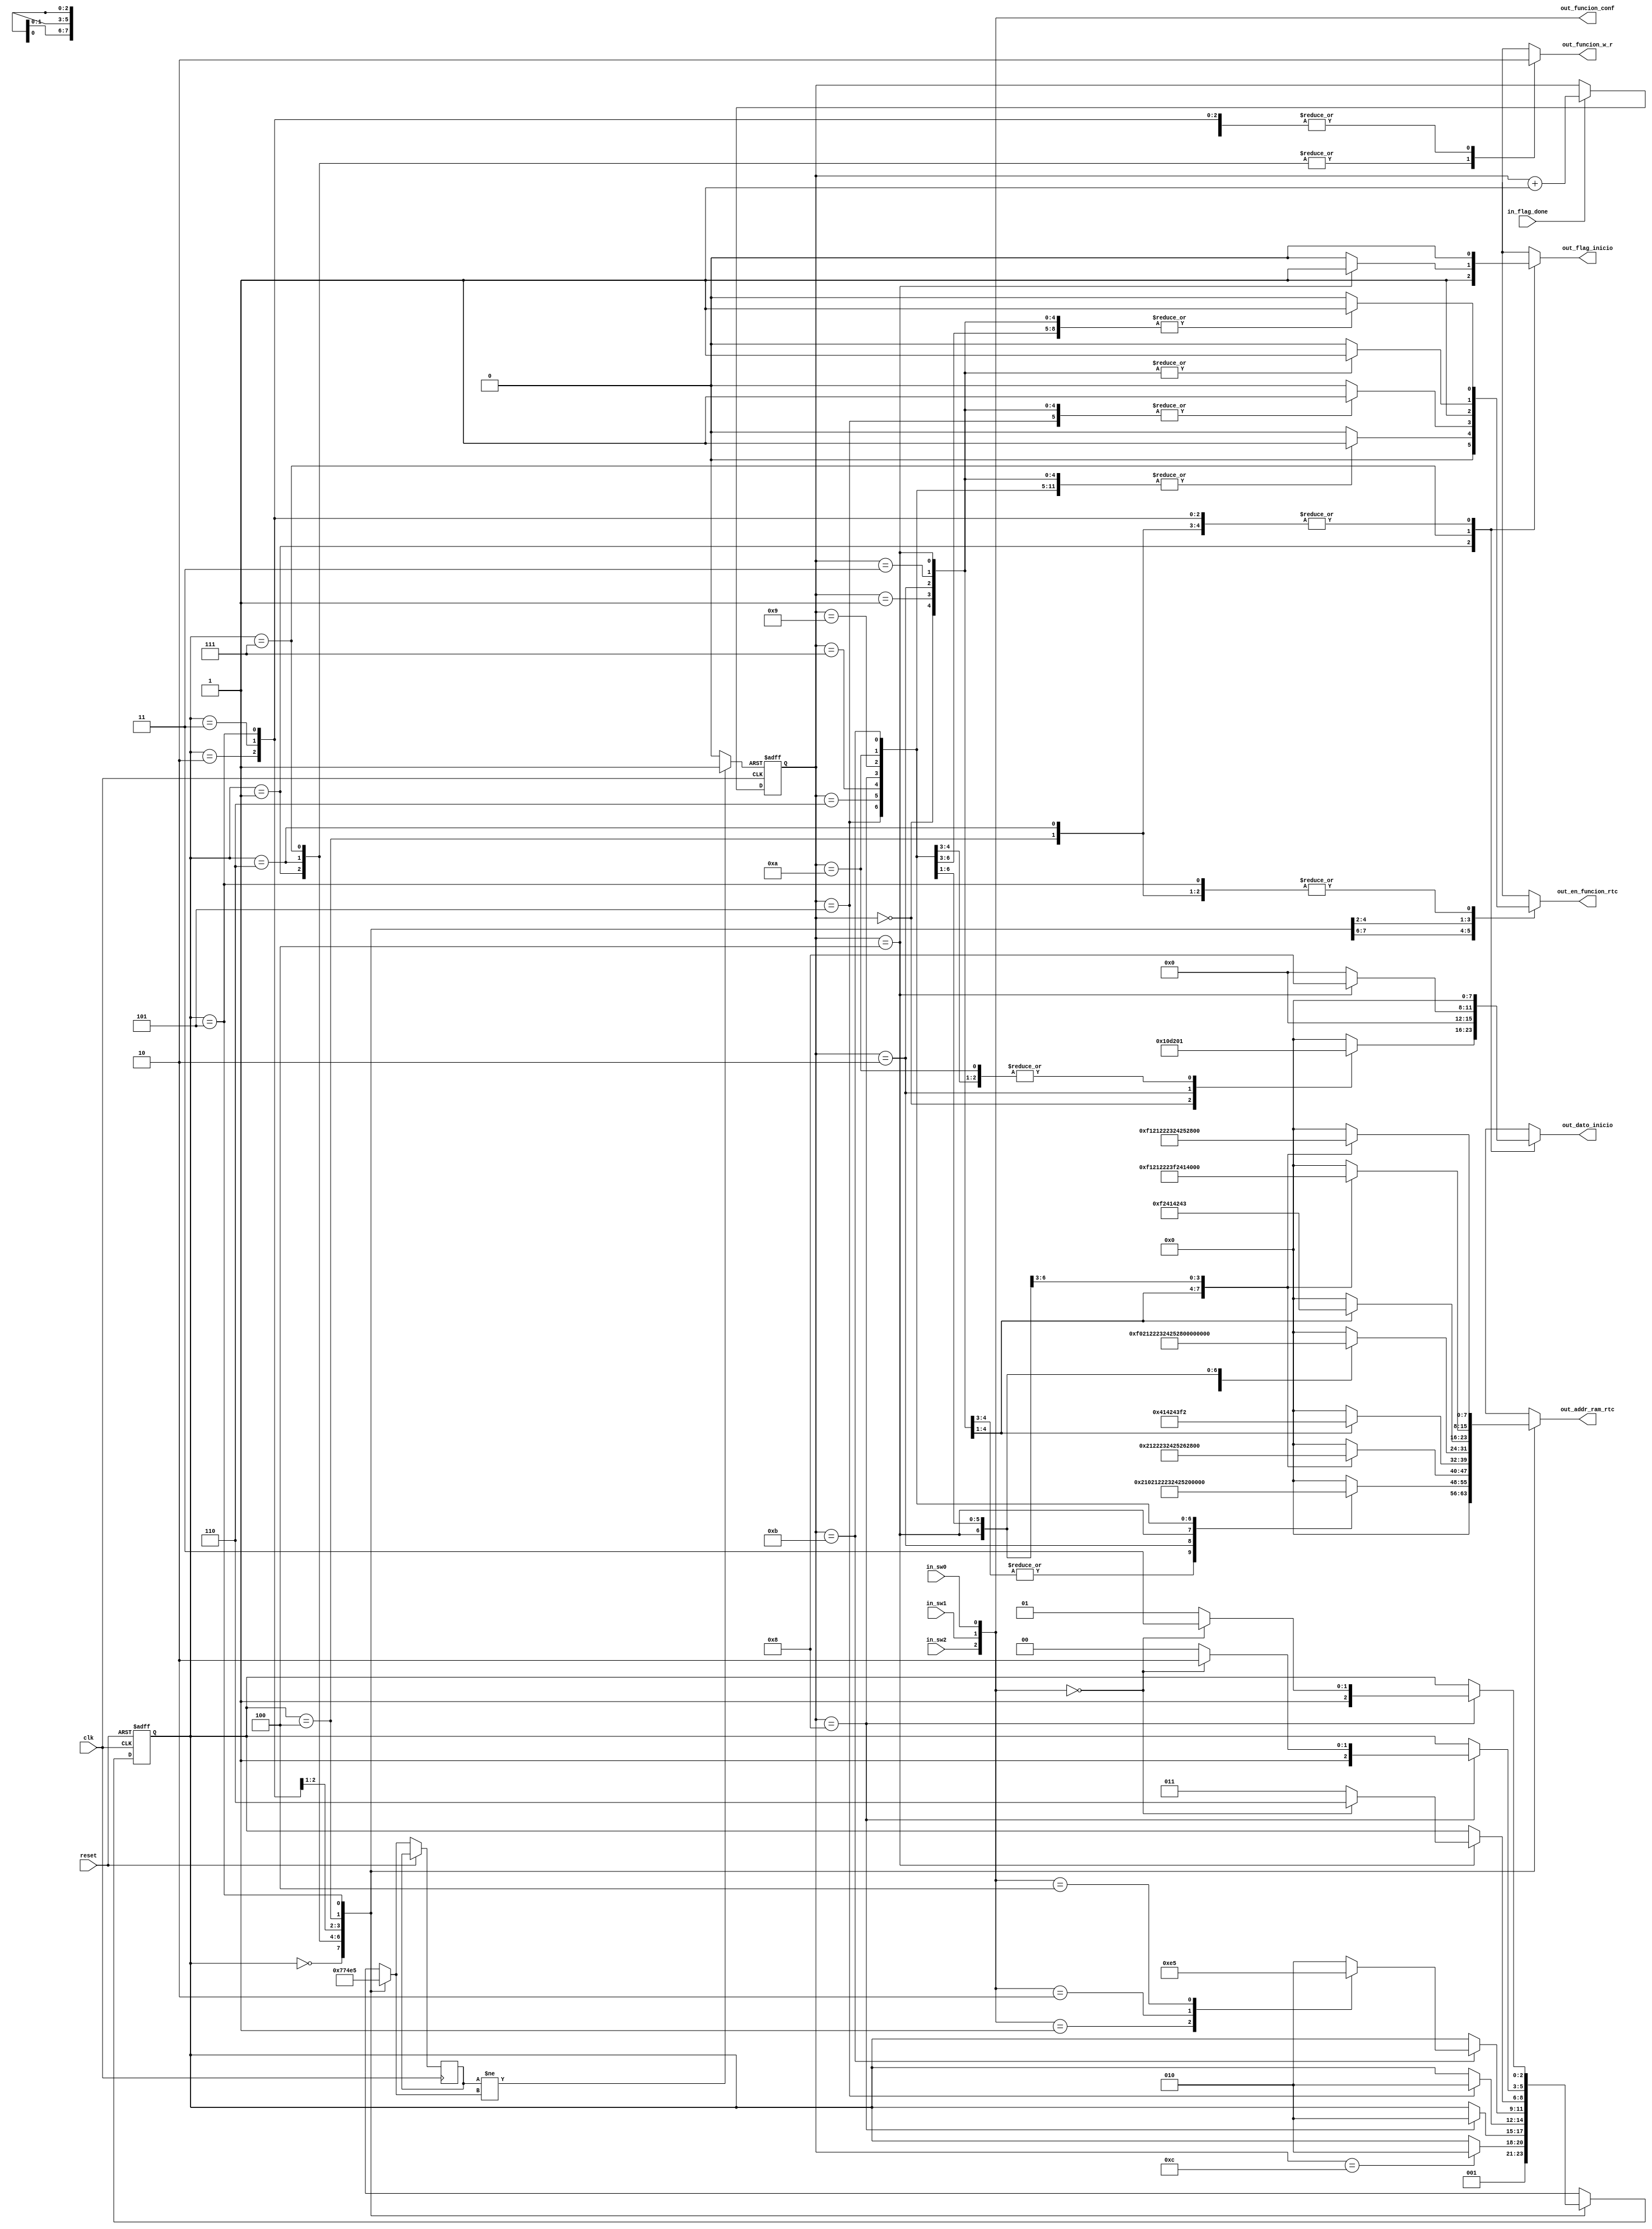
`timescale 1ns / 1ps
//////////////////////////////////////////////////////////////////////////////////
// Company: 
// Engineer: 
// 
// Design Name: 
// Module Name:    FSM_general_rtc_version_01 
// Project Name: 
// Target Devices: 
// Tool versions: 
// Description: 
//
// Dependencies: 
//
// Revision: 
// Revision 0.01 - File Created
// Additional Comments: 
//
//////////////////////////////////////////////////////////////////////////////////
module FSM_general_rtc_version_01(	
 	
	input clk,
	input reset,
	input in_flag_done,
	input in_sw0,
	input in_sw1,
	input	in_sw2,

	output wire [2:0]out_funcion_conf,
	output reg [7:0]out_addr_ram_rtc,
	output reg [7:0]out_dato_inicio,
	output reg out_flag_inicio,
	output reg out_funcion_w_r,
	output reg out_en_funcion_rtc
    );
	 
//////////parametros locales	 
localparam E = 3; 
	 
localparam N = 4;
// Declaracin de seales
reg [N-1:0] q_reg;
reg [N-1:0] q_next = 4'd0;
reg [E-1:0]state_reg, state_next;
reg reset_count;
reg reg_hora_timer;
reg flag_config;
reg [1:0]sel_count;
reg [2:0]reg_sel_bloque;
reg [2:0]next_sel_bloque;

assign out_funcion_conf = {in_sw2,in_sw1,in_sw0};

localparam  [3:0]
espera = 4'd0,
inicio = 4'd1,
lectura_cte = 4'd2,
lectura_configuracion_hora = 4'd3,
lectura_configuracion_fecha = 4'd4,
lectura_configuracion_timer = 4'd5,
escritura_hora_fecha = 4'd6,
escritura_timer = 4'd7; 

 //////////////// contador para FSM (avanza cada vez que llega la bandera in_flag_done) 
always @(posedge clk, posedge reset_count)
begin
	if (reset_count) q_reg = 1'b0;
	else q_reg = q_next;
end
always@*
begin
if (in_flag_done) begin
	q_next = q_reg + 1'b1;
end
else q_next = q_reg;
end
 
//////////////////////////
////logica secuencial
always @(posedge clk, posedge reset)
begin
  if (reset) begin 
     state_reg <= espera;
	  end
  else begin
     state_reg <= state_next;
	  reg_sel_bloque = next_sel_bloque;
	  end
end

always @* begin
	if(reg_sel_bloque != next_sel_bloque) reset_count = 1'b1;
	else reset_count = 1'b0;
end

////logica combinacional
always@*
	begin
	out_addr_ram_rtc = 8'h00;
	state_next = state_reg;	
	
	case(state_reg)
		espera:  
			begin
			out_en_funcion_rtc = 0;
			state_next = inicio;
			out_flag_inicio = 1'b0;
			out_funcion_w_r = 1'b0;
			out_addr_ram_rtc = 8'h00;
			out_dato_inicio  = 8'h00;
			next_sel_bloque = 3'd0;
			end
			 
		inicio:
			begin
			out_funcion_w_r = 1'b1;
			out_flag_inicio = 1'b1;
			out_en_funcion_rtc = 1'b1;
			next_sel_bloque = 3'd1;
			case(q_reg) 
				4'd0:begin
				out_addr_ram_rtc = 8'h02;
				out_dato_inicio = 8'h10;
				end
				4'd1:
				begin 
				out_addr_ram_rtc = 8'h02;
				out_dato_inicio = 8'h00;
				end 
				4'd2: begin
				out_addr_ram_rtc = 8'h10;
				out_dato_inicio = 8'hD2;
				end
				4'd3: begin
				out_addr_ram_rtc = 8'h0;
				out_dato_inicio = 8'h00;
				end
				4'd4: begin
				out_addr_ram_rtc = 8'h21;
				out_dato_inicio = 8'h00;
				end
				4'd5: begin
				out_addr_ram_rtc = 8'h22;
				out_dato_inicio = 8'h00;
				end
				4'd6: begin
				out_addr_ram_rtc = 8'h23;
				out_dato_inicio = 8'h00;
				end
				4'd7: begin
				out_addr_ram_rtc = 8'h24;
				out_dato_inicio = 8'h01;
				end
				4'd8: begin
				out_addr_ram_rtc = 8'h25;
				out_dato_inicio = 8'h01;
				end
				4'd9: begin
				out_addr_ram_rtc = 8'h26;
				out_dato_inicio = 8'h00;
				end
				4'd10: begin
				out_addr_ram_rtc = 8'h27;
				out_dato_inicio = 8'h01;
				end
				4'd11: begin
				out_addr_ram_rtc = 8'hF1;
				out_dato_inicio = 8'h00;
				end
				4'd12: begin 
				state_next = lectura_cte;
				out_en_funcion_rtc = 1'b0;
				out_addr_ram_rtc = 8'h00;
				out_dato_inicio = 8'h00;
				state_next = lectura_cte; 
				end 
				default: begin 
				out_en_funcion_rtc = 1'b0;
				out_addr_ram_rtc = 8'h00;
				out_dato_inicio = 8'h00;
				end
			endcase 
			end	
			
	///////////////////////////// BLOQUE DE ESCRITURA HORA FECHA////////////////////////////////////		 
			
		escritura_hora_fecha:
			begin
			next_sel_bloque = 3'd6;
			out_funcion_w_r = 1'b1;
			out_flag_inicio = 1'b0;
			out_dato_inicio = 8'h00;
			out_en_funcion_rtc = 1'b1;
				case(q_reg)
				4'd0: out_addr_ram_rtc = 8'h21;
				4'd1: out_addr_ram_rtc = 8'h22;
				4'd2: out_addr_ram_rtc = 8'h23;
				4'd3: out_addr_ram_rtc = 8'h24;
				4'd4: out_addr_ram_rtc = 8'h25;
				4'd5: out_addr_ram_rtc = 8'h26;
				4'd6: out_addr_ram_rtc = 8'h27;
				4'd7:	out_addr_ram_rtc = 8'hF1;
				4'd8: begin state_next = lectura_cte;
				out_addr_ram_rtc = 8'h00;
				end
				
				default: begin
				out_addr_ram_rtc = 8'h00;
				out_en_funcion_rtc = 1'b0;
				end
			endcase
			end
			
			
////////////////////////////////////////////////////
///////////////////////////// BLOQUE DE ESCRITURA TIMER////////////////////////////////////		 
			
		escritura_timer:
			begin
			next_sel_bloque = 3'd7;
			out_funcion_w_r = 1'b1;
			out_flag_inicio = 1'b0;
			out_dato_inicio = 8'h00;
			out_en_funcion_rtc = 1'b1;	
				case(q_reg)
				4'd0:out_addr_ram_rtc = 8'h41;
				4'd1: out_addr_ram_rtc = 8'h42;
				4'd2: out_addr_ram_rtc = 8'h43;
				4'd3: out_addr_ram_rtc = 8'hF2;
				4'd4: begin 
				out_flag_inicio = 1'b1;
				out_addr_ram_rtc = 8'h0;
				out_dato_inicio = 8'h08;
				end
				4'd5: begin state_next = lectura_cte;
				out_addr_ram_rtc = 8'h00;
				end
				default: out_en_funcion_rtc = 1'b0;
				endcase
			end
////////////////////////////////////	BLOQUE DE LECTURA CONSTANTE //////////////////////////////////////		
		lectura_cte:
			begin 
			next_sel_bloque = 2'd2;
			out_dato_inicio = 8'h00;
			out_flag_inicio = 1'b0;
			out_funcion_w_r = 1'b0;
			out_en_funcion_rtc = 1'b1;
				case(q_reg)
				4'd0: out_addr_ram_rtc = 8'hF0;
				4'd1: out_addr_ram_rtc = 8'h21;
				4'd2: out_addr_ram_rtc = 8'h22;
				4'd3: out_addr_ram_rtc = 8'h23;
				4'd4: out_addr_ram_rtc = 8'h24;
				4'd5: out_addr_ram_rtc = 8'h25;
				4'd6: out_addr_ram_rtc = 8'h26; 
				4'd7: out_addr_ram_rtc = 8'h27;
				4'd8: out_addr_ram_rtc = 8'h41;
				4'd9: out_addr_ram_rtc = 8'h42;
				4'd10: out_addr_ram_rtc = 8'h43;
				4'd11:begin
				out_en_funcion_rtc = 1'b1;
				out_addr_ram_rtc = 8'h00;
				case(out_funcion_conf)
				3'b001: state_next = lectura_configuracion_hora;
				3'b010: state_next = lectura_configuracion_fecha;
				3'b100: state_next = lectura_configuracion_timer;
				default: state_next = lectura_cte;
				endcase
				end
				default: begin
				out_funcion_w_r = 1'b0;
				out_en_funcion_rtc = 1'b1;
				out_addr_ram_rtc = 8'h00;
				end
				
			endcase
			end
/////////////////////////////// BLOQUE DE LECTURA EN MODO CONFIGURACION/////////////////////			
			lectura_configuracion_hora:
			begin
			out_en_funcion_rtc = 1'b1;
			next_sel_bloque = 3'd3;
			out_funcion_w_r = 1'b0;
			out_flag_inicio = 1'b0;
			out_dato_inicio = 8'h00;
			out_en_funcion_rtc = 1'b1;
				case(q_reg)
				4'd0: out_addr_ram_rtc = 8'hF2;
				4'd1: out_addr_ram_rtc = 8'h41;
				4'd2: out_addr_ram_rtc = 8'h42;
				4'd3: out_addr_ram_rtc = 8'h43;
				4'd4: begin
				if (out_funcion_conf == 3'b000) state_next = escritura_hora_fecha;
				else state_next = lectura_configuracion_hora;
				end
				default: begin
				out_en_funcion_rtc = 1'b0;
				out_addr_ram_rtc = 8'h00;
				end
				endcase
			end
			
			lectura_configuracion_fecha: 
			begin
			out_en_funcion_rtc = 1'b1;
			next_sel_bloque = 3'd4;
			out_funcion_w_r = 1'b0;
			out_flag_inicio = 1'b0;
			out_dato_inicio = 8'h00;
			out_en_funcion_rtc = 1'b1;
			case(q_reg)
				4'd0: out_addr_ram_rtc = 8'hF1; 
				4'd1: out_addr_ram_rtc = 8'h21;
				4'd2: out_addr_ram_rtc = 8'h22;
				4'd3: out_addr_ram_rtc = 8'h23;
				4'd4: out_addr_ram_rtc = 8'hF2;
				4'd5: out_addr_ram_rtc = 8'h41;
				4'd6: out_addr_ram_rtc = 8'h42; 
				4'd7: out_addr_ram_rtc = 8'h43;
				4'd8:begin if (out_funcion_conf == 3'b000) state_next = escritura_hora_fecha;
				else state_next = lectura_configuracion_fecha;
				end
				default: begin
				out_en_funcion_rtc = 1'b0;
				out_addr_ram_rtc = 8'h00;
				end
				endcase
			end
			//////////
			lectura_configuracion_timer:begin
			out_en_funcion_rtc = 1'b1;
			next_sel_bloque = 3'd5;
			out_funcion_w_r = 1'b0;
			out_flag_inicio = 1'b0;
			out_dato_inicio = 8'h00;
			out_en_funcion_rtc = 1'b1;
			case(q_reg)
				4'd0: out_addr_ram_rtc = 8'hF1;
				4'd1: out_addr_ram_rtc = 8'h21;
				4'd2: out_addr_ram_rtc = 8'h22;
				4'd3: out_addr_ram_rtc = 8'h23; 
				4'd4: out_addr_ram_rtc = 8'h24;
				4'd5: out_addr_ram_rtc = 8'h25;
				4'd6: out_addr_ram_rtc = 8'h26;
				4'd7: out_addr_ram_rtc = 8'h27; 
				4'd8: begin
				if(out_funcion_conf == 3'b000) state_next = escritura_timer;
				else state_next = lectura_configuracion_timer;
				end
				default: begin
				out_en_funcion_rtc = 1'b0;
				out_addr_ram_rtc = 8'h00;
				end 
				endcase
		end
		default: begin state_next = espera;
		out_en_funcion_rtc = 1'b0;
		sel_count = 2'd0;
		next_sel_bloque = 3'd0;
		out_dato_inicio  = 8'h00;
		out_en_funcion_rtc = 1'b0;
		out_funcion_w_r = 1'b0;
		out_addr_ram_rtc = 8'h00;
		out_flag_inicio = 1'b0;
		end
endcase
end



endmodule